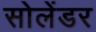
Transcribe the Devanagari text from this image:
सोलेंडर